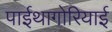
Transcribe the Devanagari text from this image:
पाईथागोरियाई